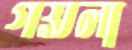
গয়লা